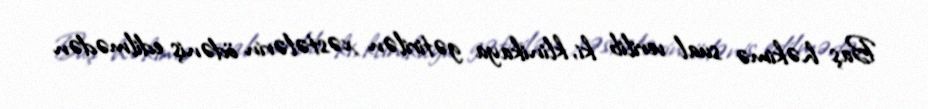
Baş həkimə sual verilib ki, klinikaya gətirilən xəstələrin ödəniş edilmədən